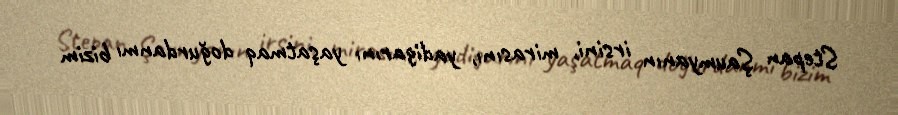
Stepan Şaumyanın irsini, mirasını, yadigarını yaşatmaq doğurdanmı bizim